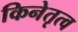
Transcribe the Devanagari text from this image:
किनेतृत्व